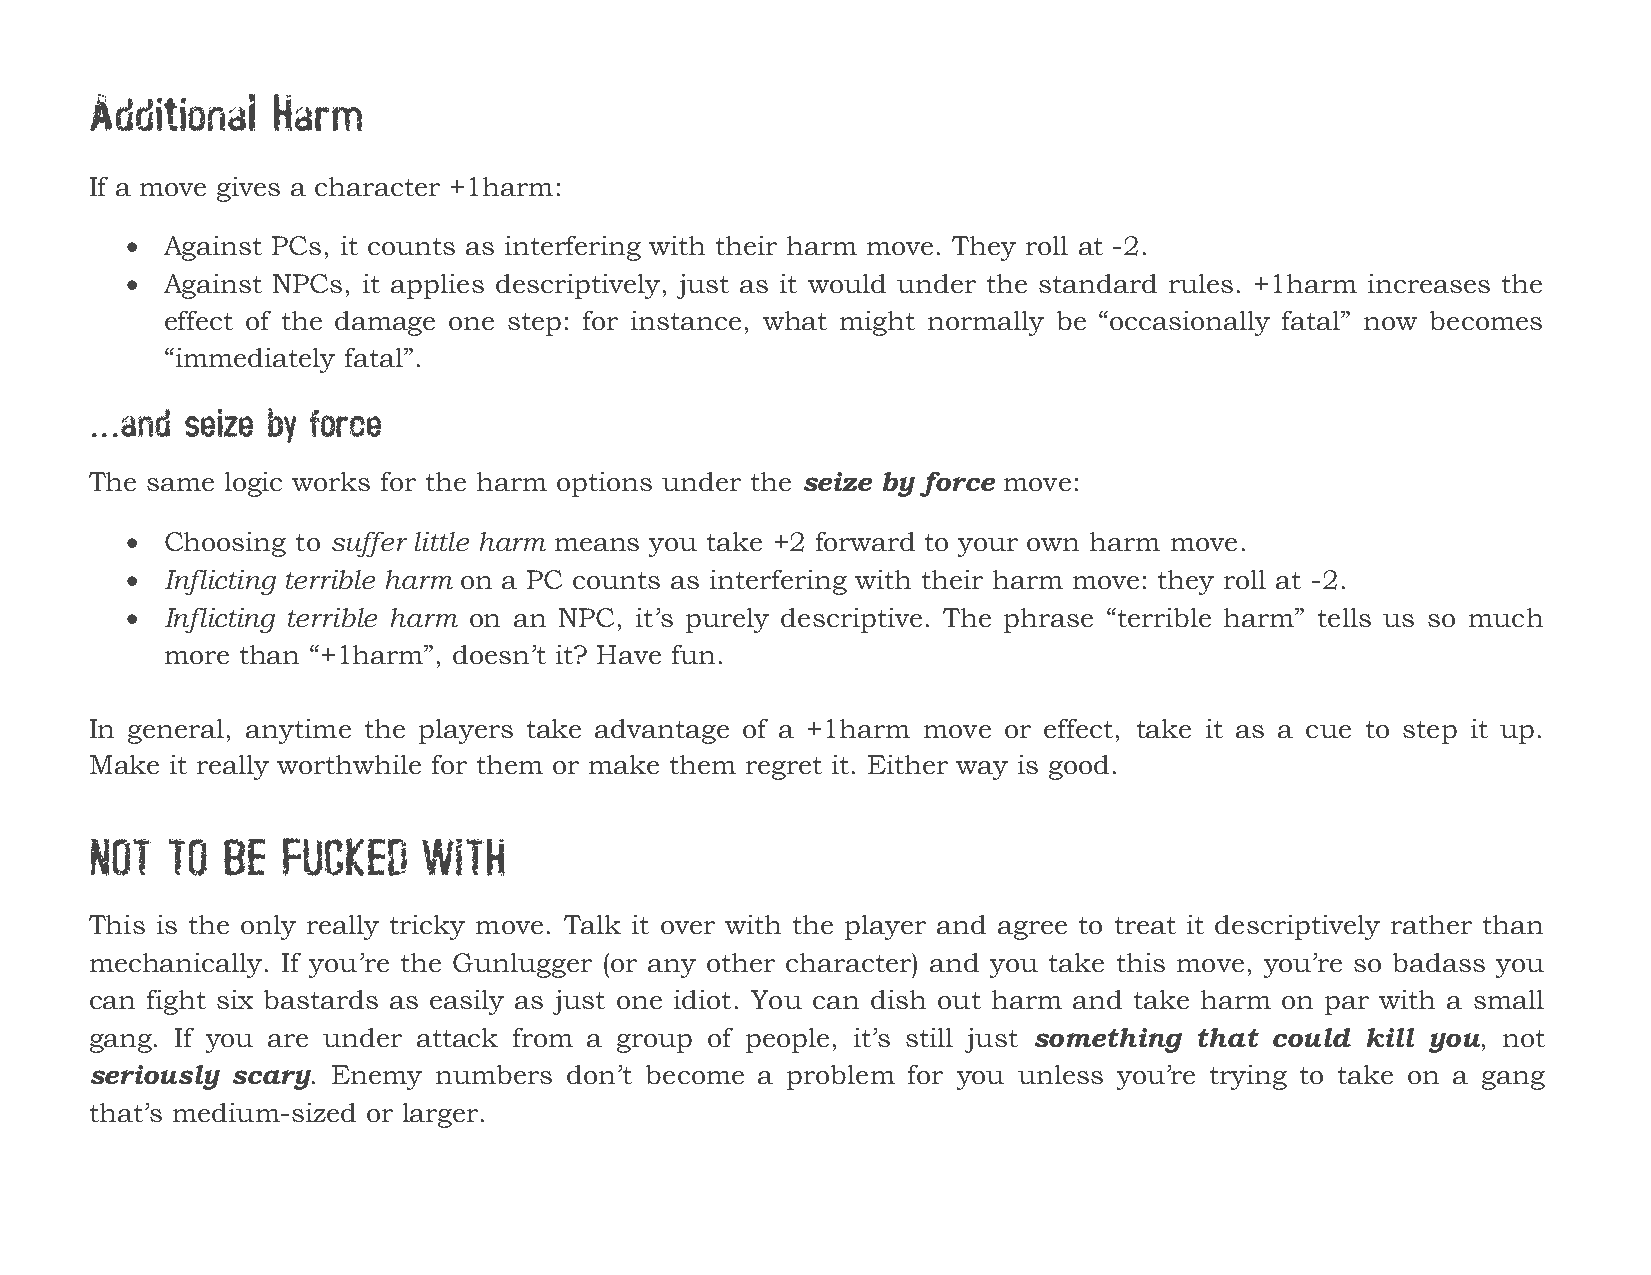
Additional  Harm
 If a move gives a character +1harm:
   Against PCs, it counts as interfering with their harm move. They roll at -2.
   Against NPCs, it applies descriptively, just as it would under the standard rules. +1harm increases the
 effect of the damage one step: for instance, what might normally be “occasionally fatal” now becomes
 “immediately fatal”.
 ...and seize by force
 The same logic works for the harm options under the seize by force move:
   Choosing to suffer little harm means you take +2 forward to your own harm move.
   Inflicting terrible harm on a PC counts as interfering with their harm move: they roll at -2.
   Inflicting terrible harm on an NPC, it’s purely descriptive. The phrase “terrible harm” tells us so much
 more than “+1harm”, doesn’t it? Have fun.
 In general, anytime the players take advantage of a +1harm move or effect, take it as a cue to step it up.
 Make it really worthwhile for them or make them regret it. Either way is good.
 NOT  TO  BE  FUCKED   WITH
 This is the only really tricky move. Talk it over with the player and agree to treat it descriptively rather than
 mechanically. If you’re the Gunlugger (or any other character) and you take this move, you’re so badass you
 can fight six bastards as easily as just one idiot. You can dish out harm and take harm on par with a small
 gang. If you are under attack from a group of people, it’s still just something that could kill you, not
 seriously scary. Enemy numbers  don’t become a problem for you unless you’re trying to take on a gang
 that’s medium-sized or larger.